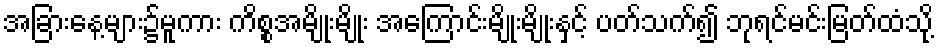
အခြားနေ့များ၌မူကား ကိစ္စအမျိုးမျိုး အကြောင်းမျိုးမျိုးနှင့် ပတ်သက်၍ ဘုရင်မင်းမြတ်ထံသို့